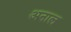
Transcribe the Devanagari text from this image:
अनाल